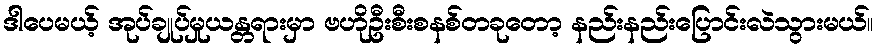
ဒါပေမယ့် အုပ်ချုပ်မှုယန္တရားမှာ ဗဟိုဦးစီးစနစ်တခုတော့ နည်းနည်းပြောင်းလဲသွားမယ်။